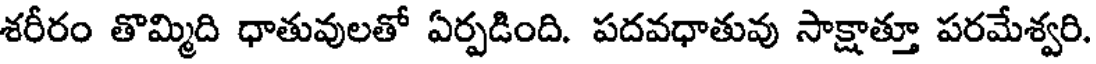
శరీరం తొమ్మిది ధాతువులతో ఏర్పడింది. పదవధాతువు సాక్షాత్తూ పరమేశ్వరి.